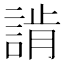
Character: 𧨷